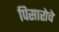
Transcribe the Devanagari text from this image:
पिसारोचे